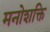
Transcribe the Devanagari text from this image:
मनोशक्ति